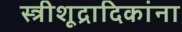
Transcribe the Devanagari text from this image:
स्त्रीशूद्रादिकांना